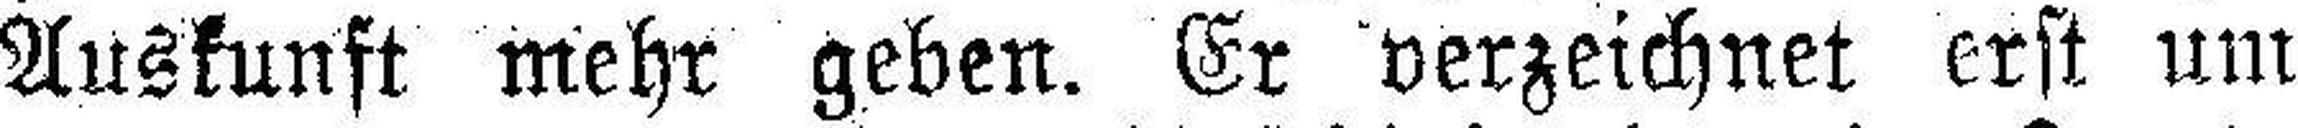
Auskunft mehr geben. Er verzeichnet erst um